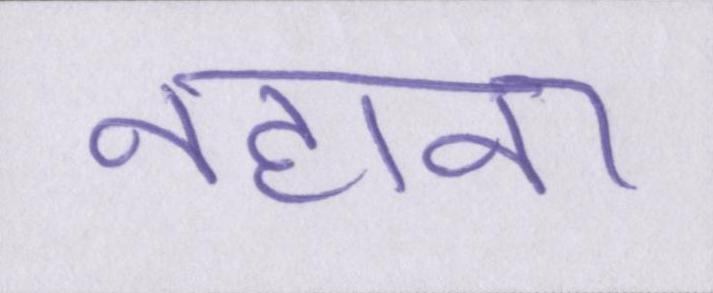
नहाना